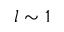
l \sim 1